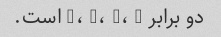
دو برابر a، r، o، n است.